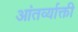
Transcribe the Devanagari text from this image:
आंतर्व्याक्ती